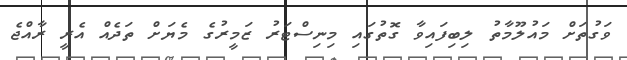
ވަގުތަށް މައުލޫމާތު ލިބިފައިވާ ގޮތުގައި މިނިސްޓަރު ޒަމީރުގެ މެޔަށް ތަދެއް އެރީ ރާއްޖެ